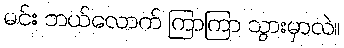
မင်း ဘယ်လောက် ကြာကြာ သွားမှာလဲ။